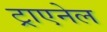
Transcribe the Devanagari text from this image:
ट्राएनेल